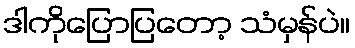
ဒါကိုပြောပြတော့ သံမှန်ပဲ။